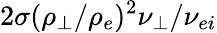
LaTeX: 2\sigma(\rho_{\perp}/\rho_{e})^{2}\nu_{\perp}/\nu_{ei}